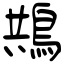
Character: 䳍